Vital statistics of India. Vol. VI, European troops 1870-79
Year: 1870
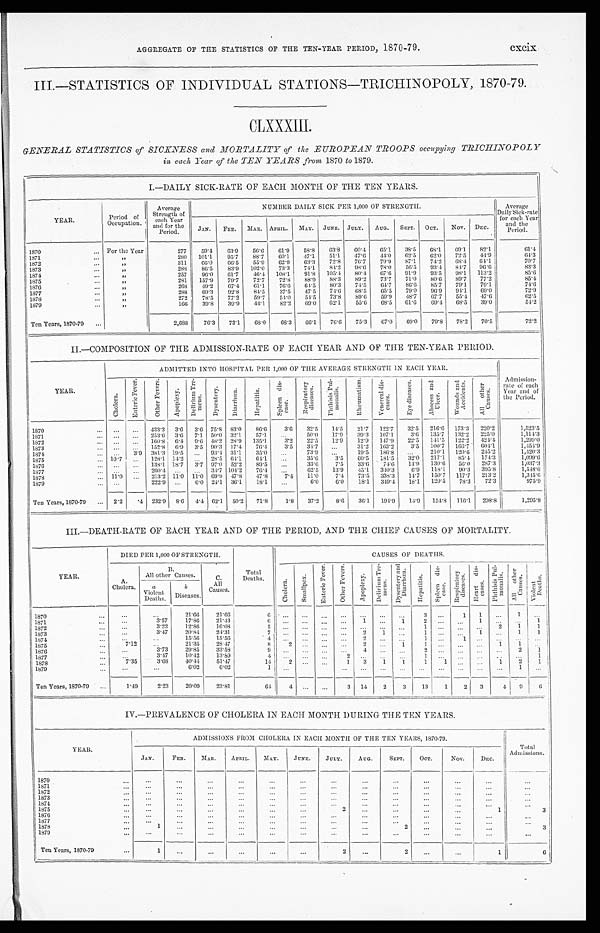
AGGREGATE OF THE STATISTICS OF THE TEN-YEAR PERIOD, 1870-79.
cxcix
III.—STATISTICS OF INDIVIDUAL STATIONS-TRICHINOPOLY, 1870-79.
CLXXXIII.
GENERAL STATISTICS of SICKNESS and MORTALITY of the EUROPEAN TROOPS occupying TRICIHNOPOLY
in each Year of the TEN YEARS from 1870 to 1879.
I.—DAILY SICK-RATE OF EACH MONTH OF THE TEN YEARS.
YEAR.
Period of
Occupation.
Average
Strength of
each Year
and for the
Period.
NUMBER DAILY SICK PER 1,000 OF STRENGTH.
A v e r a g e D a i l y S i c k - r a t e f o r e a c h Y e a r a n d t h e P e r i o d .
JAN.
FEB.
MAR. APRIL.
MAY.
JUNE.
JULY.
AUG.
SEPT.
OCT.
NOV.
DEC.
1870
F o r t h e Y e a r
2 7 7
5 9 . 4
6 3 . 9
5 6 . 6
6 1 . 9
5 8 . 8
6 3 . 8
6 0 . 4
6 5 . 1
3 8 . 5
6 8 . 1
6 9 . 1
8 2 . 1
6 1 . 4
1871
"
2 8 0
1 0 1 . 1
9 5 . 7
8 8 . 7
6 0 . 1
4 7 . 1
5 1 . 1
4 7 . 6
4 4 . 0
6 2 . 5
6 2 . 0
7 2 . 5
4 4 . 9
6 4 . 3
1872
"
3 1 1
6 6 . 0
6 6 . 5
5 5 . 9
6 2 . 9
6 3 . 3
7 2 . 8
7 6 . 7
7 9 . 9
8 7 . 1
7 4 . 2
6 8 . 4
6 4 . 1
7 0 . 7
1873
"
2 8 8
8 6 . 5
8 3 . 9
1 0 2 . 0
7 3 . 3
7 4 . 1
8 4 . 2
9 8 . 6
7 8 . 0
5 6 . 5
9 3 . 4
8 4 . 7
9 6 . 6
8 3 . 3
1874
"
2 5 7
9 6 . 0
6 1 . 7
4 6 . 4
1 0 8 . 1
9 1 . 8
1 0 5 . 4
8 0 . 4
6 7 . 6
9 1 . 9
9 3 . 5
9 8 . 1
1 1 3 . 2
8 5 . 6
1875
"
2 8 1
1 5 7 . 9
7 9 . 7
7 2 . 7
7 2 . 8
8 8 . 9
8 8 . 3
8 9 . 2
7 3 . 7
7 1 . 0
8 0 . 6
8 9 . 7
7 7 . 2
8 5 . 4
1876
"
2 6 8
4 9 . 2
6 7 . 4
6 1 . 1
7 6 . 6
6 4 . 5
8 0 . 3
7 4 . 5
6 4 . 7
8 6 . 6
8 5 . 7
7 9 . 1
7 9 . 1
7 4 . 6
1 8 7 7
"
2 8 8
6 9 . 3
9 2 . 8
8 4 . 5
3 7 . 5
4 7 . 5
7 4 . 6
6 8 . 5
6 5 . 5
7 9 . 0
9 6 . 9
9 4 . 1
6 9 . 0
7 2 . 9
1878
"
2 7 2
7 8 . 5
7 7 . 2
5 9 . 7
5 4 . 0
5 4 . 5
7 3 . 8
8 9 . 6
5 9 . 9
4 8 . 7
6 7 . 7
5 5 . 4
4 7 . 6
6 2 . 5
1879
"
1 6 6
3 9 . 8
3 9 . 9
4 4 . 1
8 2 . 2
6 9 . 0
6 2 . 1
5 5 . 6
6 8 . 5
6 1 . 6
6 9 . 4
6 8 . 5
3 9 . 0
5 4 . 2
Ten Years, 1870-79
2 , 6 8 8
7 6 . 3
7 3 . 1
6 8 . 0
6 8 . 3
6 6 . 1
7 6 . 6
7 5 . 3
6 7 . 0
6 9 . 0
7 9 . 8
7 8 . 2
7 0 . 5
7 2 . 2
II.—COMPOSITION OF THE ADMISSION-RATE OF EACH YEAR AND OF THE TEN-YEAR PERIOD.
YEAR.
ADMITTED INTO HOSPITAL PER 1,000 OF THE AVERAGE STRENGTH IN EACH YEAR.
A d m i s s i o n - r a t e o f e a c h Y e a r a n d o f t h e P e r i o d .
C h o l e r a .
E n t e r i c F e v e r .
O t h e r F e v e r s .
A p o p l e x y .
D e l i r i u m T r e - m e n s .
Dy s e n t e r y .
D i a r r h œ a .
H e p a t i t i s .
S p l e e n d i s - e a s e .
R e s p i r a t o r y d i s e a s e s .
P h t h i s i s P u l - m o n a l i s .
R h e u m a t i s m .
V e n e r e a l d i s - e a s e s .
E y e d i s e a s e s .
A b s c e s s a n d U l c e r .
W o u n d s a n d A c c i d e n t s .
A l l o t h e r C a u s e s .
1870
...
. . .
4 3 3 . 3
3.6
3 . 6 75.8
8 3 . 0
86. 6
3 . 6
3 2 . 5
1 4 . 5
21. 7
1 2 2 . 7
3 2 . 5
216.6
173.3
220.2
1 , 5 2 3 . 5
1871
...
. . .
2 5 3 . 6
3.6
7 . 1 50.0
3 2 . 1
5 7 . 1
. . .
5 0 . 0
1 7 . 9
3 9 . 3
1 0 7 . 1
3 . 6
135.7 132.2
2 2 5 . 0
1 . 1 1 4 . 3
1872
...
. . .
1 6 0 . 8
6.4
9 . 6 48.2
2 8 . 9
135. 1
3 . 2
2 2 . 5
1 2 . 9
1 2 . 9
1 4 7 . 9
2 2 . 5
141.5
122.2
424.4
1 , 2 9 9 . 0
1873
...
. . .
1 5 2 . 8
6.9
3 . 5 90.3
1 7 . 4
76. 4
3 . 5
3 4 . 7
. . .
3 1 . 2
1 6 3 . 2
3 . 5
100.7
166.7
604.1
1 , 4 5 4 . 9
1874
...
3. 9
3 8 1 . 3 19.5
. . . 93.4
3 1 . 1
35. 0
. . .
7 3 . 9
. . .
1 9 . 5
1 8 6 . 8
. . .
210.1
120.6
245.2
1 , 4 2 0 . 3
1875
10.7
. . .
1 2 8 . 1 14.2
. . . 28.5
6 4 . 1
64. 1
. . .
3 5 . 6
3 . 5
6 0 . 5
1 8 1 . 5
3 2 . 0
217.1
8 5 . 4
174.3
1 , 0 9 9 . 6
1876
...
. . .
1 3 8 . 1 18.7
3 . 7 97.0
5 2 . 2
89. 5
. . .
3 3 . 6
7 . 5
3 3 . 6
7 4 . 6
1 4 . 9
130.6
5 6 . 0
287.3
1 , 0 3 7 . 3
1877
...
. . .
2 6 0 . 4
. . .
. . . 34.7
1 0 4 . 2
76. 4
. . .
6 2 . 5
1 3 . 9
4 5 . 1
3 4 0 . 3
6 . 9
118.1
9 0 . 3
395.8
1 , 5 4 8 . 6
1878
11.0
. . .
2 1 3 . 2 11.0
1 1 . 0 69.9
4 7 . 8
47. 8
7 . 4
1 1 . 0
7 . 4
7 3 . 5
3 3 8 . 3
1 4 . 7
150.7
117.7
213.2
1 , 3 4 5 . 6
1879
...
2 2 2 . 9
. . .
6 . 0 24.1
3 6 . 1
18. 1
. . .
6 . 0
6 . 0
1 8 . 1
3 4 9 . 4
1 8 . 1
120.5
7 8 . 3
7 2 . 3
9 7 5 . 9
Ten Years, 1870-79
2.2
. 4
2 3 2 . 9
8 . 6
4 . 4 62.1
5 0 . 2
71. 8
1 . 8
3 7 . 2
8 . 6
3 6 . 1
1 9 4 . 9
1 4 . 9
154.8
116.1
2 9 8 . 8
1 , 2 9 5 . 8
III.—DEATH-RATE OF EACH YEAR AND OF THE PERIOD, AND THE CHIEF CAUSES OF MORTALITY.
YEAR.
DIED PER 1,000 OF STRENGTH.
Total
Deaths.
CAUSES OF DEATHS.
A .
Cholera.
B.
All other Causes.
C. All Causes
Chol er a.
Smal l pox.
En t e r i c F e v e r .
Ot h e r F e v e r s .
Ap o p l e x y .
D e l i r i u m T r e - m e n s .
D y s e n t e r y a n d D i a r r h œ a .
H e p a t i t i s .
S p l e e n d i s - e a s e .
Re s p i r a t o r y d i s e a s e s .
Hear t di s- eases.
P h t h i s i s P u l - m o n a l i s .
Al l o t h e r Ca u s e s .
Vi o l e n t De a t h s .
a
Violent
Deaths.
b
D i s e a s e s .
1870
. . .
. . .
2 1 . 6 6
2 1 . 6 6
6
. . .
. . .
. . .
. . .
. . .
. . .
. . .
3
. . .
1
1
. . .
1
. . .
1871
. . .
3 . 5 7
1 7 . 8 6
2 1 . 4 3
6
. . .
. . .
. . .
. . .
1
. . .
1
2
. . .
. . .
1
. . .
. . .
1
1 8 7 2
. . .
3 . 2 2
1 2 . 8 6
1 6 . 0 8
5
. . .
. . .
. . .
. . .
. . .
. . .
. . .
1
. . .
. . .
. . .
2
1
1
1873
. . .
3 . 4 7
2 0 . 8 4
2 4 . 3 1
7
. . .
. . .
. . .
. . .
2
1
. . .
1
. . .
. . .
1
. . .
1
1
1874
. . .
. . .
1 5 . 5 6
1 5 . 5 6
4
. . .
. . .
. . .
. . .
2
. . .
. . .
1
. . .
1
. . .
. . .
. . .
. . .
1875
7 . 1 2
. . .
2 1 . 3 5
2 8 . 4 7
8
2
. . .
. . .
. . .
2
. . .
1
1
. . .
. . .
. . . 1
1
. . .
1876
. . .
3 . 7 3
2 9 . 8 5
3 3 . 5 8
9
. . .
. . .
. . .
. . .
4
. . .
. . .
2
. . .
. . .
. . .
. . .
2
1
1877
. . .
3 . 4 7
1 0 . 4 2
1 3 . 8 9
4
. . .
. . .
. . .
2
. . .
. . .
. . .
1
. . .
. . .
. . .
. . .
. . .
1
1 8 7 8
7 . 3 5
3 . 6 8
4 0 . 4 4
5 1 . 4 7
1 4
2
. . .
. . .
1
3
1
1
1
1
. . .
. . . 1
2
1
1879
. . .
. . .
6 . 0 2
6 . 0 2
1
. . .
. . .
. . .
. . .
. . .
. . .
. . .
. . .
. . .
. . .
1
. . .
Ten Years, 1870-79
1 . 4 9
2 . 2 3
2 0 . 0 9
2 3 . 8 1
6 4
4
. . .
. . .
3
1 4
2
3
1 3
1
2
3
4
9
6
IV.—PREVALENCE OF CHOLERA IN EACH MONTH DURING THE TEN YEARS.
YEAR.
ADMISSIONS FROM CHOLERA IN EACH MONTH OF THE YEARS, 1870-79
Total
Admissions.
JAN.
FEB.
MAR.
APRIL.
MAY.
JUNE.
JULY.
AUG.
S EP T.
OCT.
NOV.
DEC.
1870
. . .
. . .
. . .
. . .
. . .
. . .
. . .
. . .
. . .
. . .
. . .
. . .
. . .
1871
. . .
. . .
. . .
. . .
. . .
. . .
. . .
. . .
. . .
. . .
. . .
. . .
. . .
1872
. . .
. . .
. . .
. . .
. . .
. . .
. . .
. . .
. . .
. . .
. . .
. . .
. . .
1873
. . .
. . .
. . .
. . .
. . .
. . .
. . .
. . .
. . .
. . .
. . .
. . .
. . .
1874
. . .
. . .
. . .
. . .
. . .
. . .
. . .
. . .
. . .
. . .
. . .
. . .
. . .
1875
. . .
. . .
. . .
. . .
. . .
. . .
2
. . .
. . .
. . .
. . .
1
3
1876
. . .
. . .
. . .
. . .
. . .
. . .
. . .
. . .
. . .
. . .
. . .
. . .
. . .
1877
. . .
. . .
. . .
. . .
. . .
. . .
. . .
. . .
. . .
. . .
. . .
. . .
. . .
1878
1
. . .
. . .
. . .
. . .
. . .
. . .
. . .
2
. . .
. . .
. . .
3
1879
. . .
. . .
. . .
. . .
. . .
. . .
. . .
. . .
. . .
. . .
. . .
. . .
. . .
Ten Years, 1870-79
1
. . .
. . .
. . .
. . .
. . .
2
. . .
2
. . .
. . .
1
6